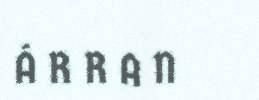
Á R R A N